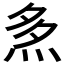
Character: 𤈕